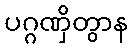
ပဂ္ဂဏှိတွာန